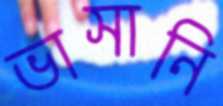
ভাসানি